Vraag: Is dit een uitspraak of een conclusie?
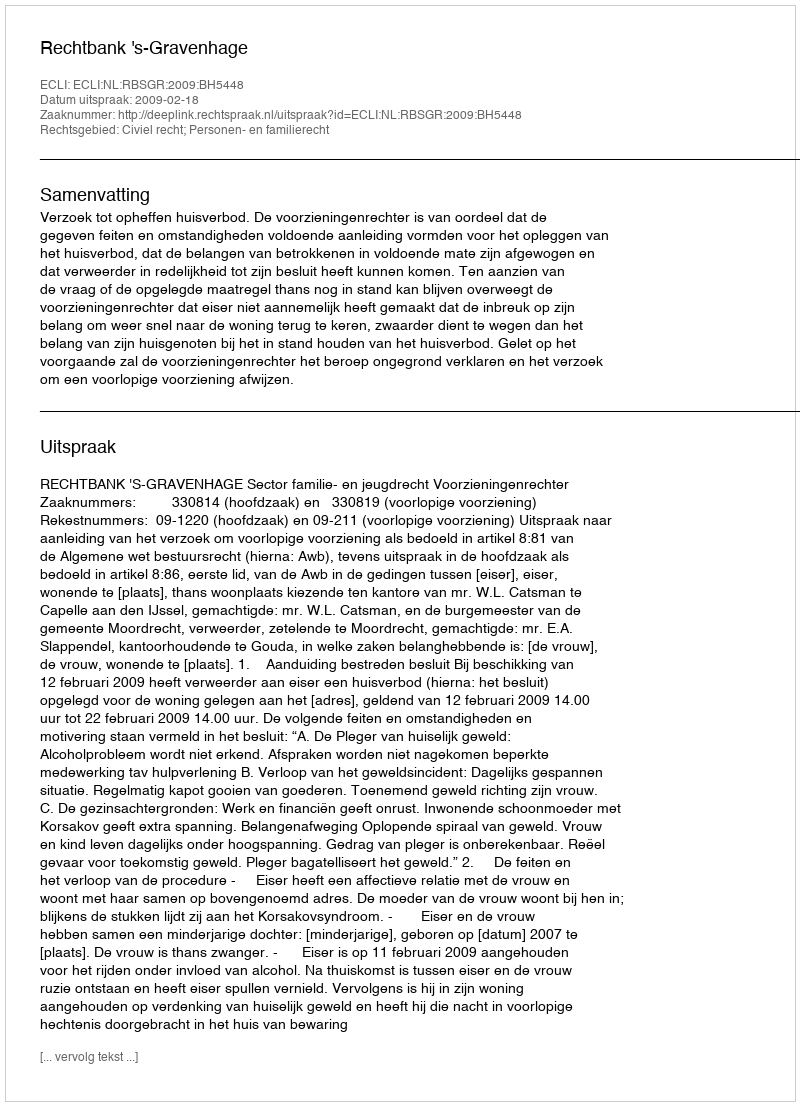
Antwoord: Uitspraak